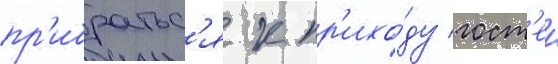
пр'ибратьс'я к пр'ихо́ду гост'еи